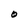
Character: O